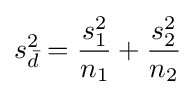
s_{\bar {d}}^{2}={\frac {s_{1}^{2}}{n_{1}}}+{\frac {s_{2}^{2}}{n_{2}}}